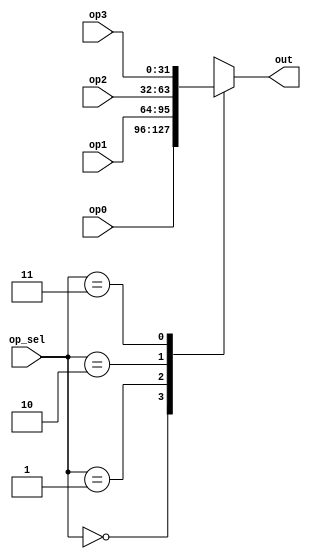
module opt_mux(
	input 	[31:0] op0,
	input 	[31:0] op1,
	input 	[31:0] op2,
	input 	[31:0] op3,
	input 	[1:0]  op_sel,
	output	reg [31:0] out);

always @* begin
	case (op_sel)
	2'b00: out = op0;
	2'b01: out = op1;
	2'b10: out = op2;
	2'b11: out = op3;
	endcase
end
	
endmodule